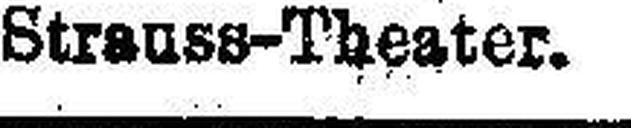
Strauss-Theater.